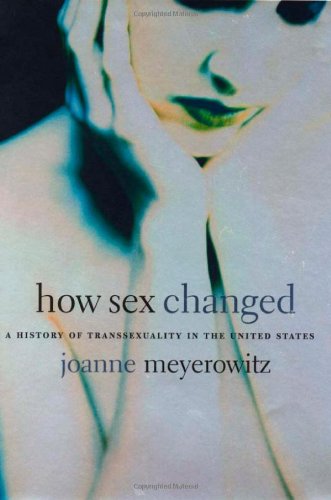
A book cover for How Sex Changed: A History of Transsexuality in the United States; Joanne Meyerowitz; Gay & Lesbian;